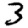
Digit: 3